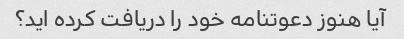
آیا هنوز دعوتنامه خود را دریافت کرده اید؟